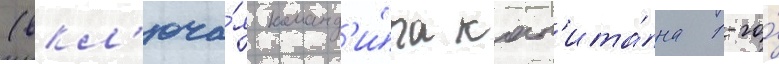
(вкл'юча́я команд'и́ра кап'ита́на 1-го́